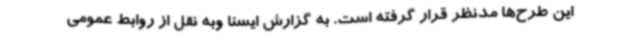
این طرح‌ها مدنظر قرار گرفته است. به گزارش ایسنا وبه نقل از روابط عمومی